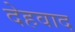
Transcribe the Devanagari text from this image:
देहवाद